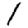
Digit: 1